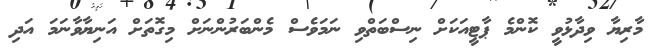
މާރިޔާ ވިދާޅުވީ ކޮންމެ ޕާޓީއަކަށް ނިސްބަތްވި ނަމަވެސް މެންބަރުންނަށް މިގޮތަށް އަނިޔާވާނަމަ އަދި